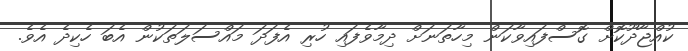
ކުއްޖާދޫކޮށް ގޮސްފައިވާކަން މިހާތަނަށް ދިމާވެފައި ހުރި އެފަދަ މައްސަލަތަކުން އެބަ ހެކިދެ އެވެ.